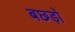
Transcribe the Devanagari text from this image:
बछ्ड़ों